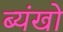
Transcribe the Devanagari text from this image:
ब्यंखो